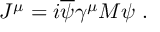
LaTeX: J ^ { \mu } = i \overline { { { \psi } } } \gamma ^ { \mu } M \psi \ .